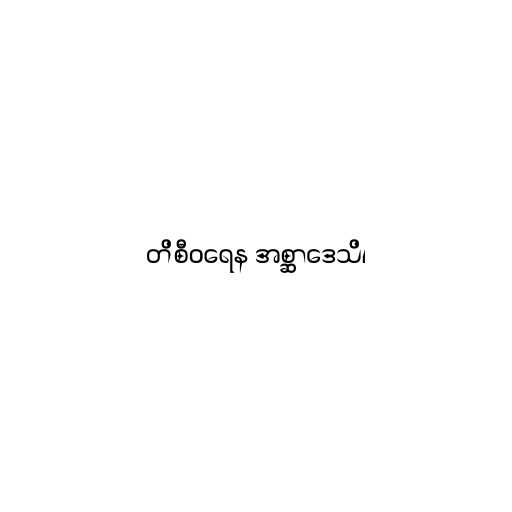
တိစီဝရေန အစ္ဆာဒေသိ၊